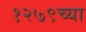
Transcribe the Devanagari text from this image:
१२७९च्या